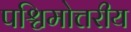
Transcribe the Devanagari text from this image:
पश्चिमोत्तरीय